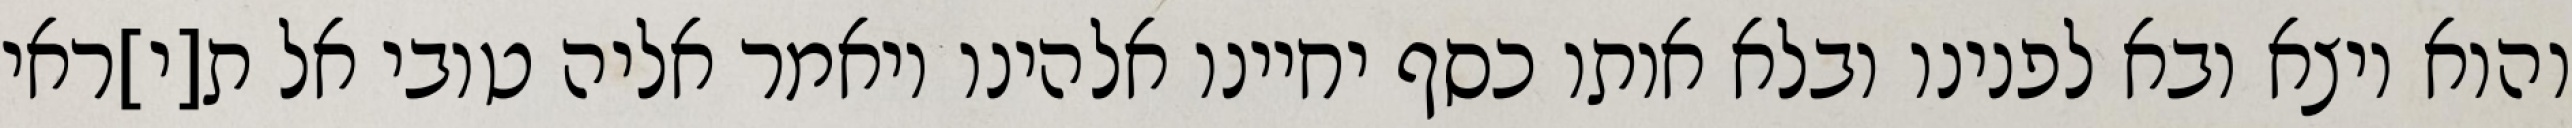
והוא יוצא ובא לפנינו ובלא אותו כסף יחיינו אלהינו ויאמר אליה טובי אל ת[י]ראי